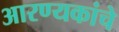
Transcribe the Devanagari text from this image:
आरण्यकांचे